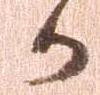
か